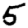
Digit: 5